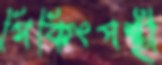
পিকিংপন্থী